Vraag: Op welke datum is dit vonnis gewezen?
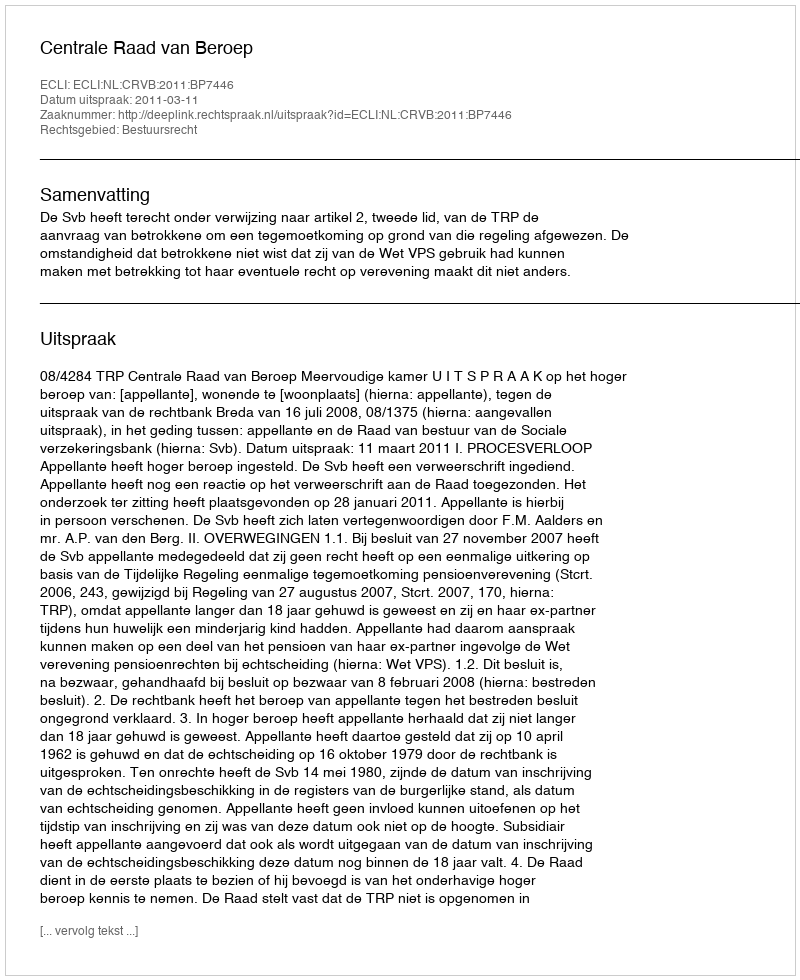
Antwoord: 2011-03-11